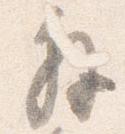
解